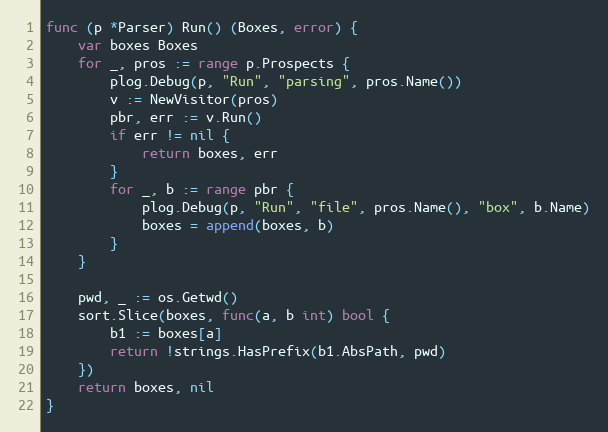
Language: Go
func (p *Parser) Run() (Boxes, error) {
	var boxes Boxes
	for _, pros := range p.Prospects {
		plog.Debug(p, "Run", "parsing", pros.Name())
		v := NewVisitor(pros)
		pbr, err := v.Run()
		if err != nil {
			return boxes, err
		}
		for _, b := range pbr {
			plog.Debug(p, "Run", "file", pros.Name(), "box", b.Name)
			boxes = append(boxes, b)
		}
	}

	pwd, _ := os.Getwd()
	sort.Slice(boxes, func(a, b int) bool {
		b1 := boxes[a]
		return !strings.HasPrefix(b1.AbsPath, pwd)
	})
	return boxes, nil
}